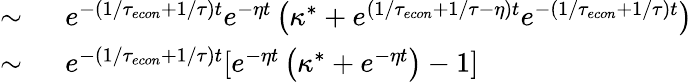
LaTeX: \begin{array}{rl}{\sim\ }&{{}e^{-(1/{\tau_{econ}}+1/\tau)t}e^{-\eta t}\left(\kappa^{*}+e^{(1/{\tau_{econ}}+1/\tau-\eta)t}e^{-(1/{\tau_{econ}}+1/\tau)t}\right)}\\ {\sim\ }&{{}e^{-(1/{\tau_{econ}}+1/\tau)t}[e^{-\eta t}\left(\kappa^{*}+e^{-\eta t}\right)-1]}\end{array}